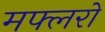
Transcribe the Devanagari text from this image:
मफ्लरों